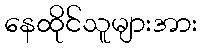
နေထိုင်သူများအား